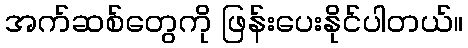
အက်ဆစ်တွေကို ဖြန်းပေးနိုင်ပါတယ်။